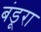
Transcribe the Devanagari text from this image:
बंडूरा